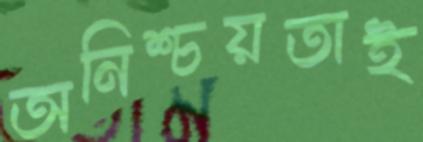
অনিশ্চয়তাই